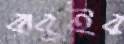
বাবুইর